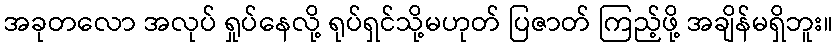
အခုတလော အလုပ် ရှုပ်နေလို့ ရုပ်ရှင်သို့မဟုတ် ပြဇာတ် ကြည့်ဖို့ အချိန်မရှိဘူး။